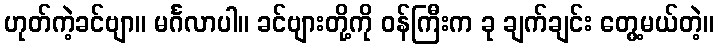
ဟုတ်ကဲ့ခင်ဗျာ။ မင်္ဂလာပါ။ ခင်ဗျားတို့ကို ဝန်ကြီးက ခု ချက်ချင်း တွေ့မယ်တဲ့။